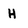
Character: H